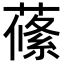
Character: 𦺰